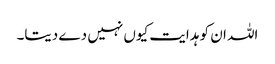
اللہ ان کو ہدایت کیوں نہیں دے دیتا۔